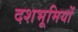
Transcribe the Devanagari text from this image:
दशभूमियों